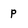
Character: p